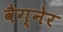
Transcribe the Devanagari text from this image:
वैग्नेर